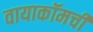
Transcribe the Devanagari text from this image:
वायाकॉमची